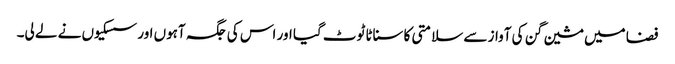
فضا میں مشین گن کی آواز سے سلامتی کا سناٹا ٹوٹ گیا اور اس کی جگہ آہوں اور سسکیوں نے لے لی۔